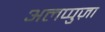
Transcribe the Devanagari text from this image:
अलप्पुज़ा